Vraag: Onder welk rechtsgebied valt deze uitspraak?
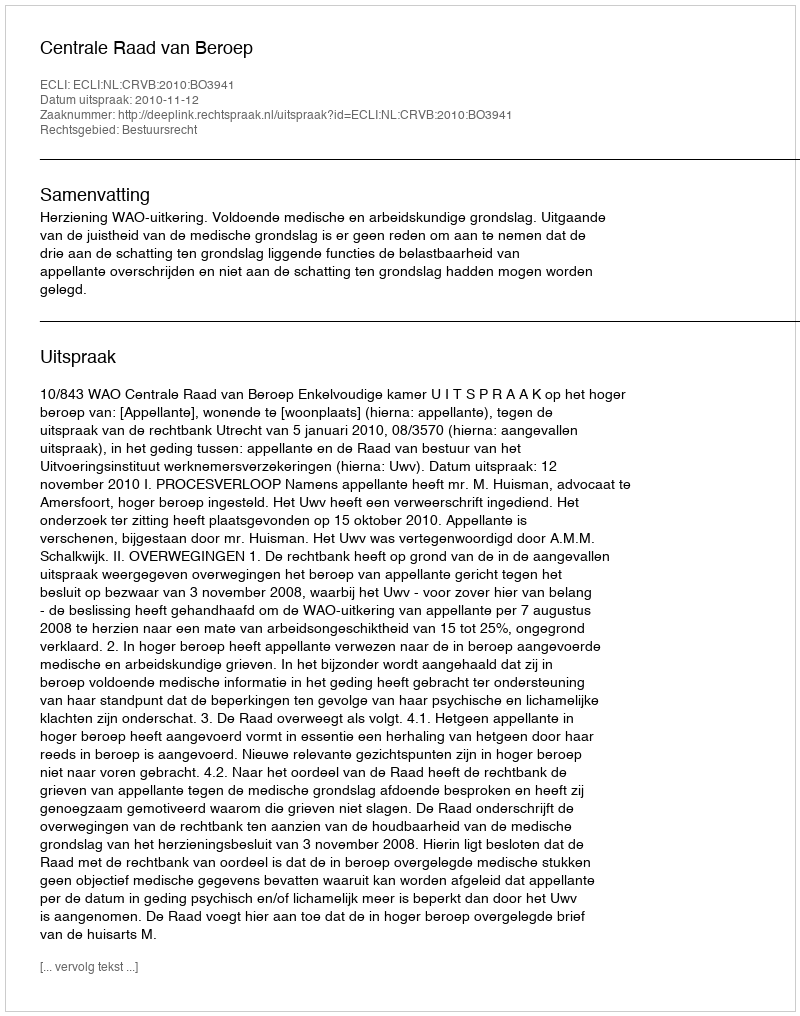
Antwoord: Bestuursrecht